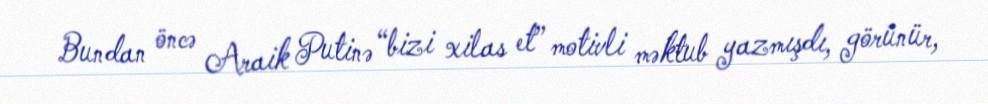
Bundan öncə Araik Putinə “bizi xilas et” motivli məktub yazmışdı, görünür,